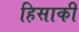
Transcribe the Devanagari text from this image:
हिसाकी